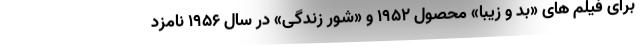
برای فیلم های «بد و زیبا» محصول ۱۹۵۲ و «شور زندگی» در سال ۱۹۵۶ نامزد